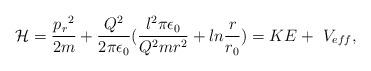
\begin{align*}{\cal H}={{{p_r}^2}\over{2m}}+{{Q^2}\over{2\pi\epsilon_0}}({{l^2\pi\epsilon_0}\over{Q^2mr^2}}+ln{r\over{r_0}})=KE+~V_{eff},\end{align*}